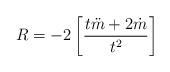
LaTeX: \begin{align*}R=-2\left[\frac{t\ddot{m}+2\dot{m}}{t^2}\right]\end{align*}